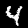
Digit: 4